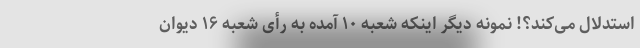
استدلال می‌کند؟! نمونه دیگر اینکه شعبه ۱۰ آمده به رأی شعبه ۱۶ دیوان